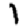
Digit: 1